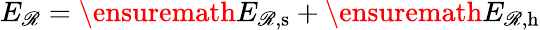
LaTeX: E_{\mathscr{R}}=\ensuremath{{E_{\mathscr{R},\mathrm{{s}}}}}+\ensuremath{{E_{\mathscr{R},\mathrm{{h}}}}}